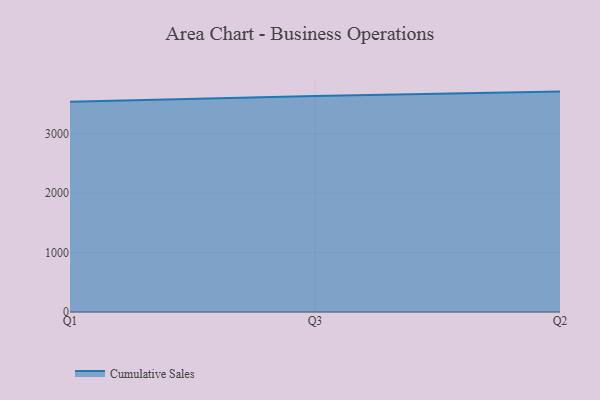
{"axis": {"x": "Quarter", "y": "Shipments"}, "legend": ["Cumulative Sales"], "data": [{"x": "Q1", "y": 3535.3, "type": "Cumulative Sales"}, {"x": "Q3", "y": 3631.6, "type": "Cumulative Sales"}, {"x": "Q2", "y": 3704.4, "type": "Cumulative Sales"}]}